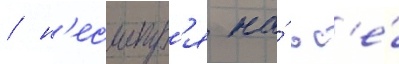
/ н'есмотр'я на́ вс'е́